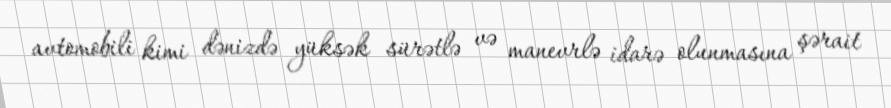
avtomobili kimi dənizdə yüksək sürətlə və manevrlə idarə olunmasına şərait